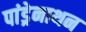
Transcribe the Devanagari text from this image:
पांड्रेनाथन